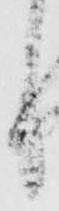
し